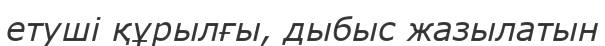
етуші құрылғы, дыбыс жазылатын